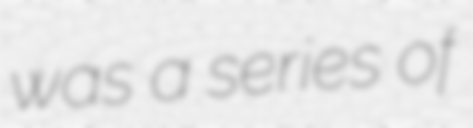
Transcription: was a series of